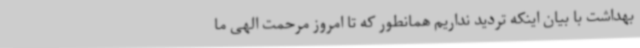
بهداشت با بیان اینکه تردید نداریم همانطور که تا امروز مرحمت الهی ما